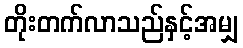
တိုးတက်လာသည်နှင့်အမျှ